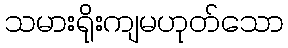
သမားရိုးကျမဟုတ်သော